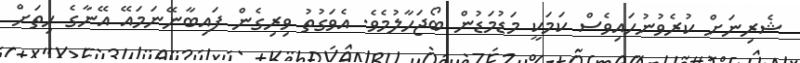
ޝެރިނަށް ކުރެވުނުހައިވެސް ކަމަކީ މަޑުމަޑުން ބޯޖަހާލުމެވެ. އެވަގުތު ވިރިގެން ފައިބާނޭނަމައޭ އޭނާގެ ހިތަށް